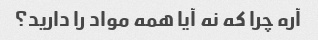
آره چرا که نه آیا همه مواد را دارید؟